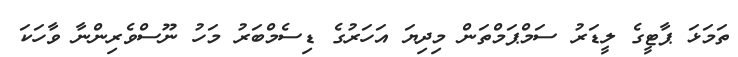
ތަމަޅަ ޕާޓީގެ ލީޑަރު ސަމްޕަމްތަން މިދިޔަ އަހަރުގެ ޑިސެމްބަރު މަހު ނޫސްވެރިންނާ ވާހަކަ